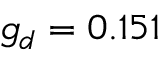
g _ { d } = 0 . 1 5 1